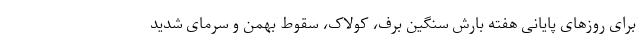
برای روزهای پایانی هفته بارش سنگین برف، کولاک، سقوط بهمن و سرمای شدید